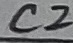
Text: C2